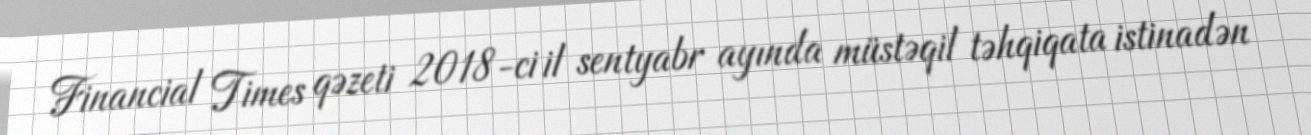
Financial Times qəzeti 2018-ci il sentyabr ayında müstəqil təhqiqata istinadən